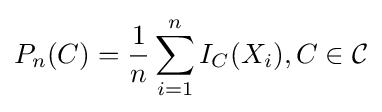
P_{n}(C)={\frac {1}{n}}\sum _{i=1}^{n}I_{C}(X_{i}),C\in {\mathcal {C}}